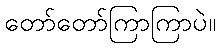
တော်တော်ကြာကြာပဲ။